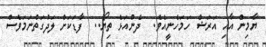
ޔާމިން އާއި އަރަޝް ހަމަހެނީއެވެ.  ދެންއަޅެ ތިޔޯ..  ފާޑަކަށް ލަދުގަތްނަމަވެސް